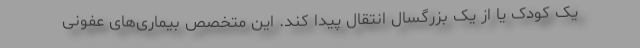
یک کودک یا از یک بزرگسال انتقال پیدا کند. این متخصص بیماری‌های عفونی